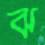
ঝ